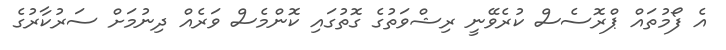
އެ ފޯމުތައް ޕްރޮސެސް ކުރެވޭނީ ރިޝްވަތުގެ ގޮތުގައި ކޮންމެސް ވަރެއް ދިނުމަށް ސަރުކާރުގެ